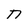
Character: n